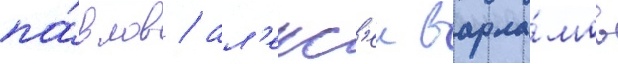
па́влов / ал'екс'еи варла́мов